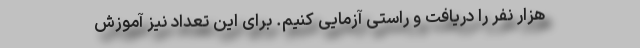
هزار نفر را دریافت و راستی آزمایی کنیم. برای این تعداد نیز آموزش